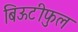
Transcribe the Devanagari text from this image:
बिऊटीफुल